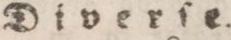
Diverſe.